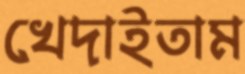
খেদাইতাম